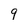
Character: 9